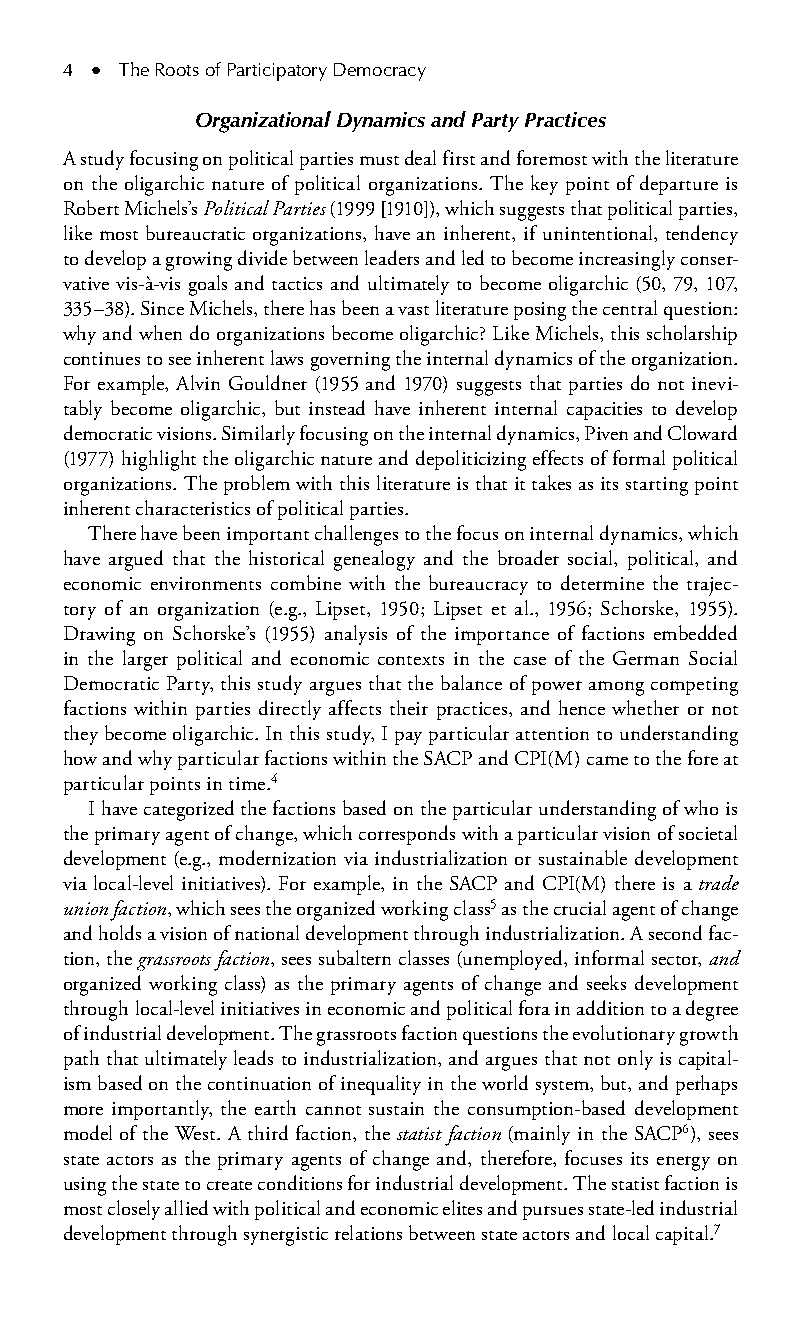
4 ● The Roots of Participatory Democracy
 Organizational Dynamics and Party Practices
 A study focusing on political parties must deal first and foremost with the literature
 on the oligarchic nature of political organizations. The key point of departure is
 Robert Michels’s Political Parties (1999 [1910]), which suggests that political parties,
 like most bureaucratic organizations, have an inherent, if unintentional, tendency
 to develop a growing divide between leaders and led to become increasingly conser-
 vative vis-à-vis goals and tactics and ultimately to become oligarchic (50, 79, 107,
 335–38). Since Michels, there has been a vast literature posing the central question:
 why and when do organizations become oligarchic? Like Michels, this scholarship
 continues to see inherent laws governing the internal dynamics of the organization.
 For example, Alvin Gouldner (1955 and 1970) suggests that parties do not inevi-
 tably become oligarchic, but instead have inherent internal capacities to develop
 democratic visions. Similarly focusing on the internal dynamics, Piven and Cloward
 (1977) highlight the oligarchic nature and depoliticizing effects of formal political
 organizations. The problem with this literature is that it takes as its starting point
 inherent characteristics of political parties.
 There have been important challenges to the focus on internal dynamics, which
 have argued that the historical genealogy and the broader social, political, and
 economic environments combine with the bureaucracy to determine the trajec-
 tory of an organization (e.g., Lipset, 1950; Lipset et al., 1956; Schorske, 1955).
 Drawing on Schorske’s (1955) analysis of the importance of factions embedded
 in the larger political and economic contexts in the case of the German Social
 Democratic Party, this study argues that the balance of power among competing
 factions within parties directly affects their practices, and hence whether or not
 they become oligarchic. In this study, I pay particular attention to understanding
 how and why particular factions within the SACP and CPI(M) came to the fore at
 particular points in time.4
 I have categorized the factions based on the particular understanding of who is
 the primary agent of change, which corresponds with a particular vision of societal
 development (e.g., modernization via industrialization or sustainable development
 via local-level initiatives). For example, in the SACP and CPI(M) there is a trade
 union faction, which sees the organized working class5 as the crucial agent of change
 and holds a vision of national development through industrialization. A second fac-
 tion, the grassroots faction, sees subaltern classes (unemployed, informal sector, and
 organized working class) as the primary agents of change and seeks development
 through local-level initiatives in economic and political fora in addition to a degree
 of industrial development. The grassroots faction questions the evolutionary growth
 path that ultimately leads to industrialization, and argues that not only is capital-
 ism based on the continuation of inequality in the world system, but, and perhaps
 more importantly, the earth cannot sustain the consumption-based development
 model of the West. A third faction, the statist faction (mainly in the SACP6), sees
 state actors as the primary agents of change and, therefore, focuses its energy on
 using the state to create conditions for industrial development. The statist faction is
 most closely allied with political and economic elites and pursues state-led industrial
 development through synergistic relations between state actors and local capital.7
 99778800223300660066440011ttss0022..iinndddd 44 33//2255//22000088 99::1155::5577 AAMM